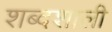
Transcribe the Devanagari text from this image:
शब्दशाली